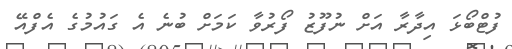
ފުޓްބޯޅަ އިދާރާ އަށް ނުފޫޒު ފޯރުވާ ކަމަށް ބުނެ އެ ގައުމުގެ އެފްއޭ